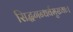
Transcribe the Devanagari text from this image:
सिद्धगन्धर्वमुख्याः।